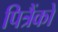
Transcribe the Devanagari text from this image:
पित्रैंको